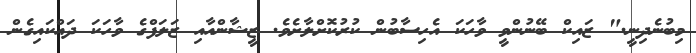
މިބުނެދިނީ." ޒައިކް ބޭނުންވީ ވާހަކަ އެހިސާބުން ކުރުކޮށްލާށެވެ. ޒީޝާންއާއި ޒަލަފްގެ ވާހަކަ ދައްކައިގެން